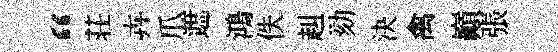
“荘卉爪遮鴻佚赳劾決禽巔張